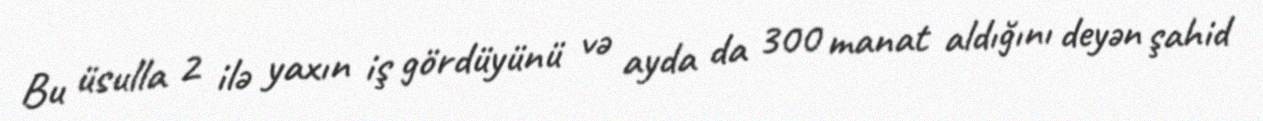
Bu üsulla 2 ilə yaxın iş gördüyünü və ayda da 300 manat aldığını deyən şahid